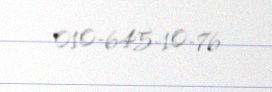
010-645-10-76